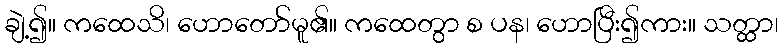
ချဲ့၍။ ကထေသိ၊ ဟောတော်မူ၏။ ကထေတွာ စ ပန၊ ဟောပြီး၍ကား။ သတ္ထာ၊